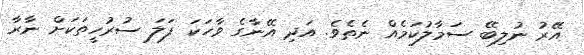
އޭރު ނުލިބޭ ސަމާލުކަމެއް ނެތެވެ. އަދި އޭނާގެ ވާހަކަ ފަލަ ސުރުހީތަކަށް ނާރާ